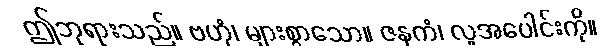
ဤဘုရားသည်။ ဗဟုံ၊ များစွာသော။ ဇနကံ၊ လူအပေါင်းကို။